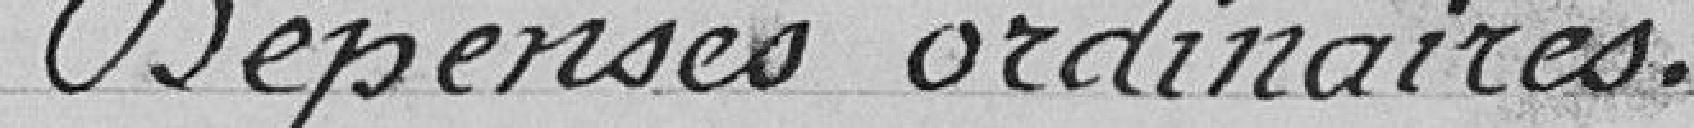
Dépenses ordinaires